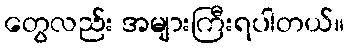
တွေလည်း အများကြီးရပါတယ်။